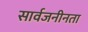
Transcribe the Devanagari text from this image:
सार्वजनीनता